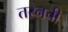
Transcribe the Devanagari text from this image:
तरनची